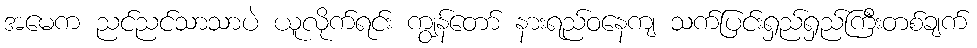
အမေက ညင်ညင်သာသာပဲ ယူလိုက်ရင်း ကျွန်တော် နားရည်ဝနေကျ သက်ပြင်းရှည်ရှည်ကြီးတစ်ချက်